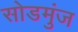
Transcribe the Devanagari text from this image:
सोडमुंज